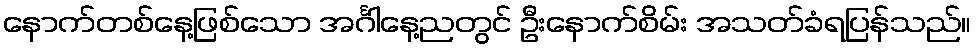
နောက်တစ်နေ့ဖြစ်သော အင်္ဂါနေ့ညတွင် ဦးနောက်စိမ်း အသတ်ခံရပြန်သည်။